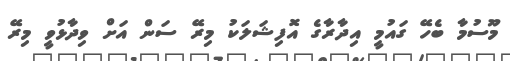
މޫސުމާ ބެހޭ ގައުމީ އިދާރާގެ އޮފިޝަލަކު މިރޭ ސަން އަށް ވިދާޅުވީ މިރޭ